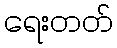
ရေးတတ်